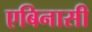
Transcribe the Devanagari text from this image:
एबिनासी